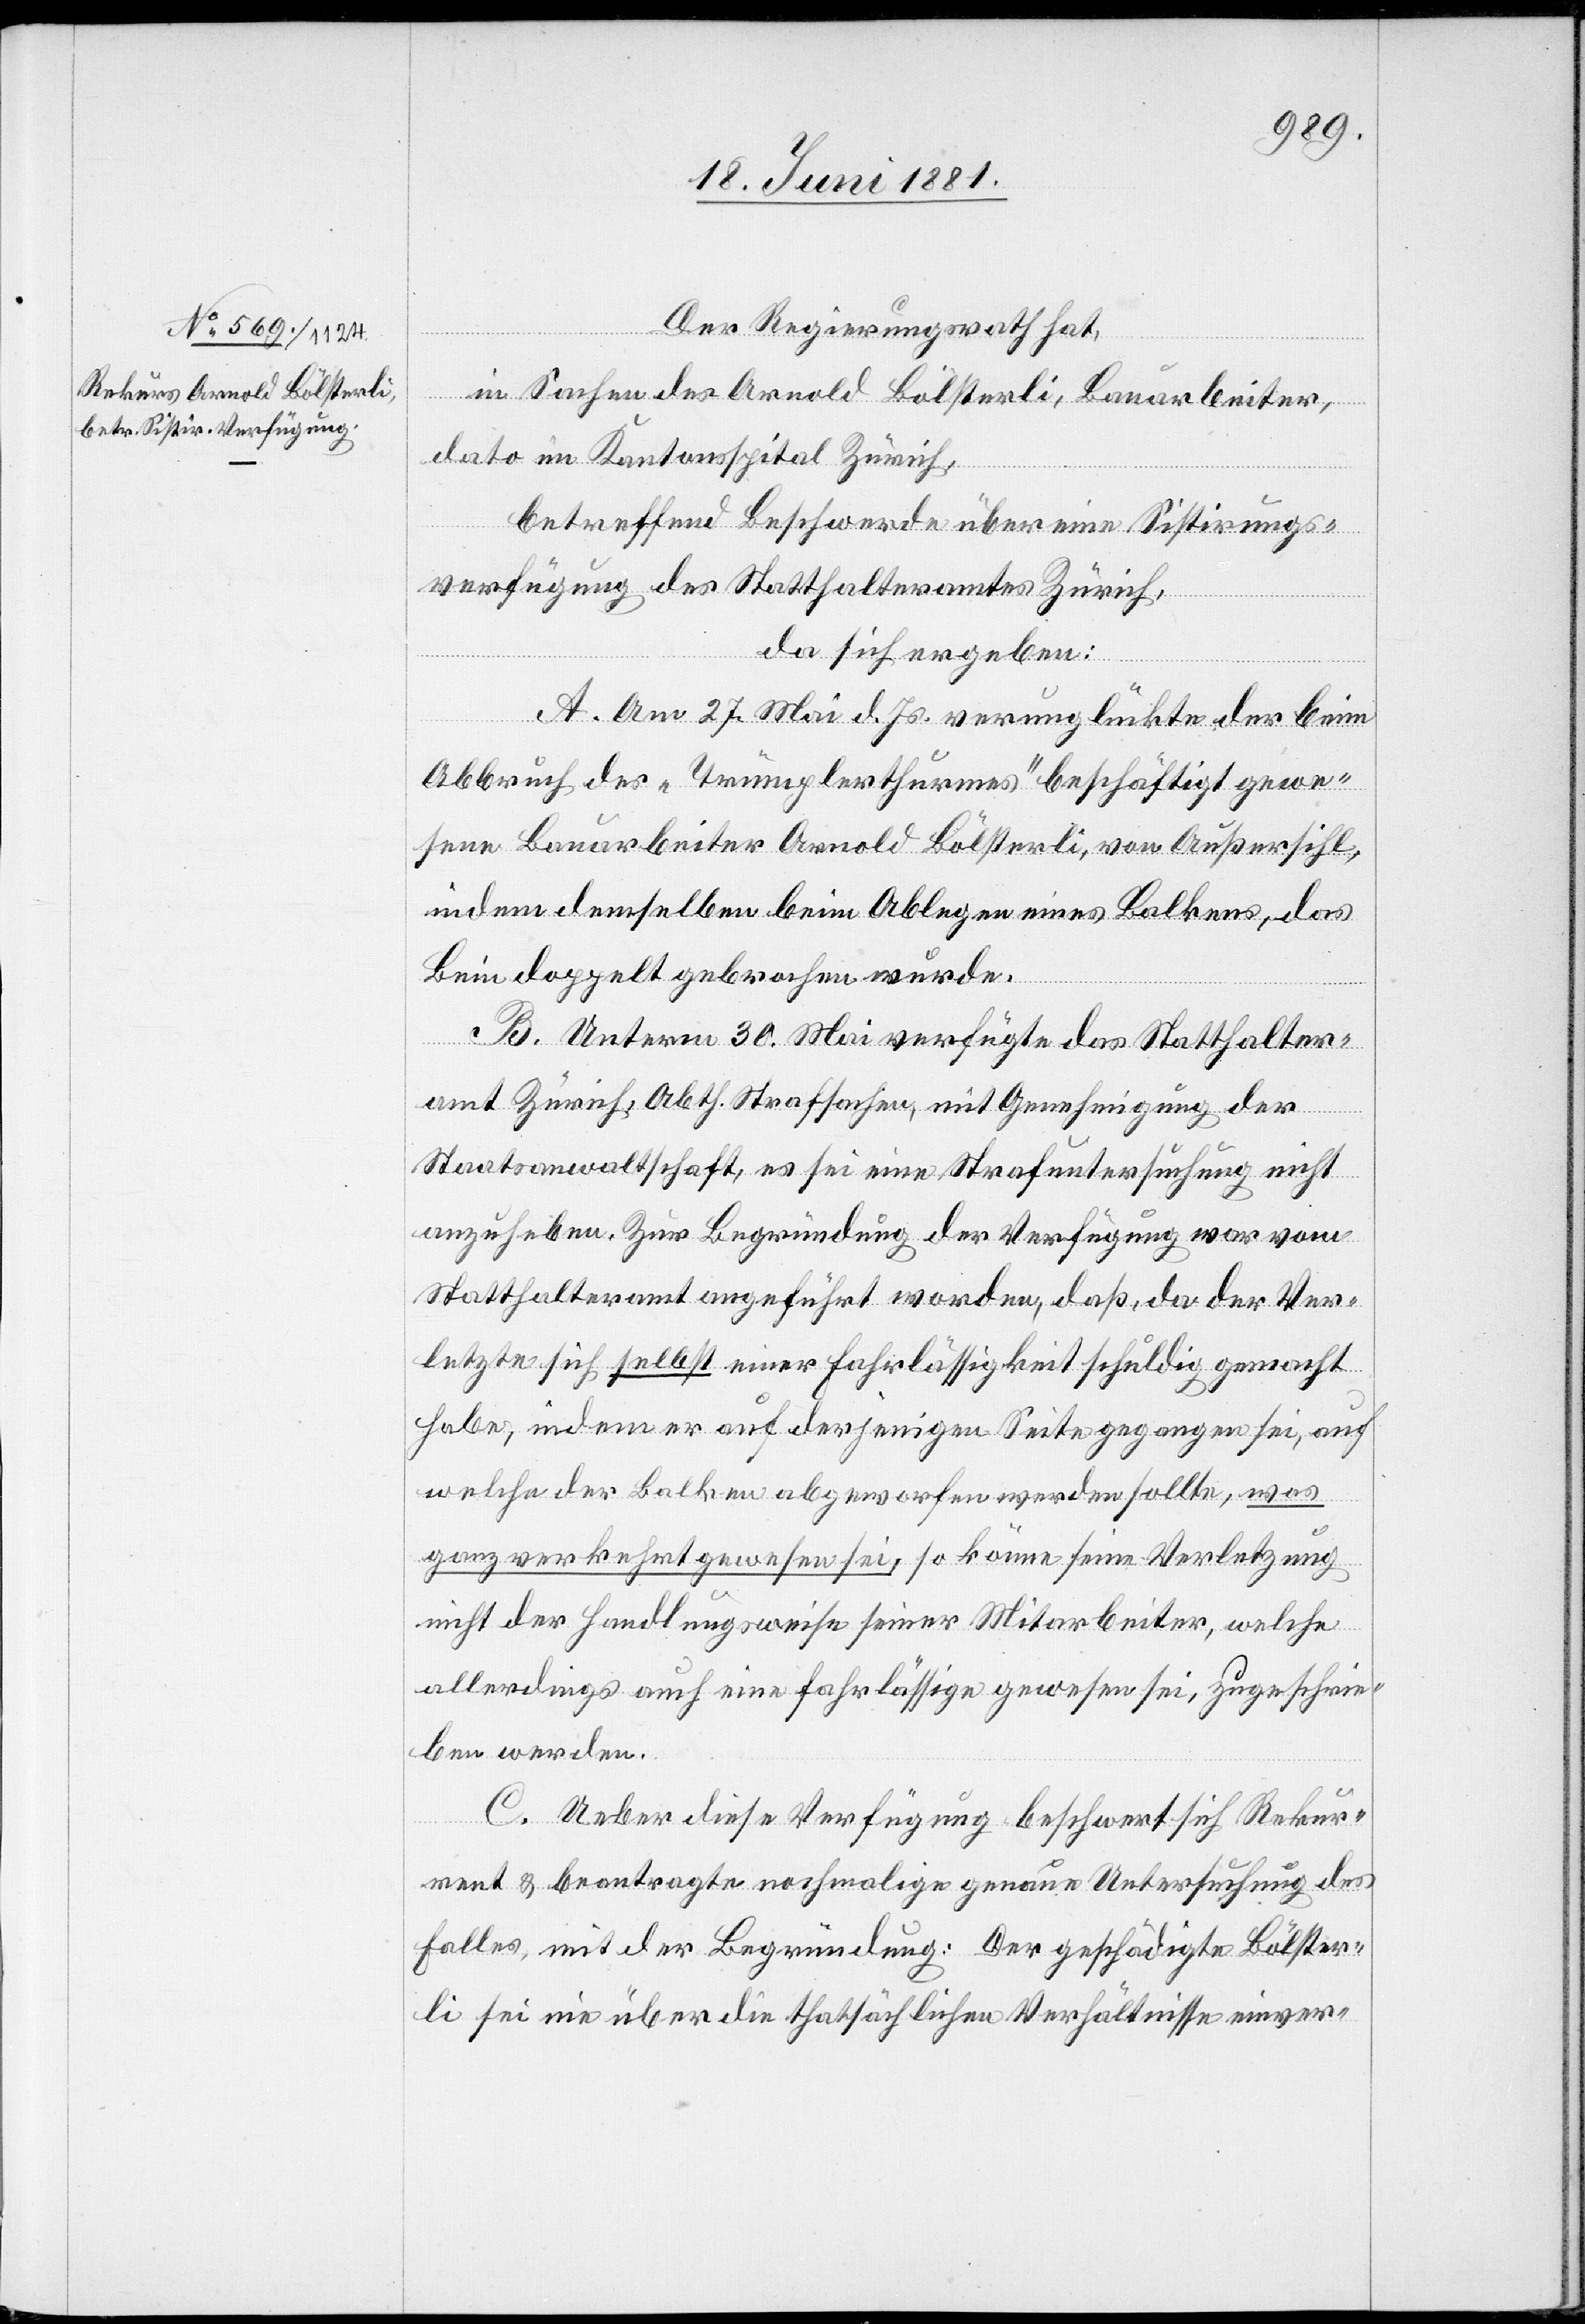
Der Regierungsrath hat,
in Sachen des Arnold Bölsterli, Bauarbeiter,
dato im Kantonsspital Zürich,
betreffend Beschwerde über eine Sistirungs¬
verfügung des Statthalteramtes Zürich,
da sich ergeben:
A. Am 27. Mai d. Js. verunglückte der beim
Abbruch der „Trümplerthurmes“ beschäftigt gewe¬
sene Bauarbeiter Arnold Bölsterli, von Außersihl,
in dem demselben beim Ablegen eines Balkens, das
Bein doppelt gebrochen wurde.
B. Unterm 30. Mai verfügte das Statthalter¬
amt Zürich, Abth. Strafsachen, mit Genehmigung der
Staatsanwaltschaft, es sei eine Strafuntersuchung nicht
anzuheben. Zur Begründung der Verfügung war vom
Statthalteramt angeführt worden, daß, da der Ver¬
letzte sich selbst einer Fahrläßigkeit schuldig gemacht
habe, indem er auf derjenigen Seite gegangen sei, auf
welche der Balken abgeworfen werden sollte, was
ganz verkehrt gewesen sei, so könne seine Verletzung
nicht der Handlungsweise seiner Mitarbeiter, welche
allerdings auch eine fahrlässige gewesen sei, zugeschrie¬
ben werden.
C. Ueber diese Verfügung beschwert sich Rekur¬
rent & beantragte nochmalige genaue Untersuchung des
Falles, mit der Begründung: Der geschädigte Bölster¬
li sei nie über die thatsächlichen Verhältnisse einver-